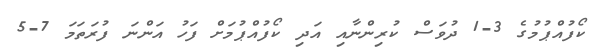
ކޯފުއްޕުމުގެ 3-1 ދުވަސް ކުރިންނާއި އަދި ކޯފުއްޕުމަށް ފަހު އަންނަ ފުރަތަމަ 7-5